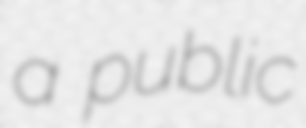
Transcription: a public